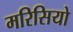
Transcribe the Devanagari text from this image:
मरिसियो